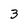
Character: 3